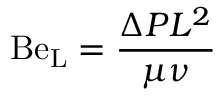
\mathrm { B e _ { L } } = { \frac { \Delta P L ^ { 2 } } { \mu \nu } }